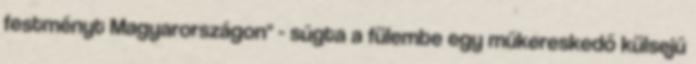
festményt Magyarországon" - súgta a fülembe egy műkereskedő külsejű